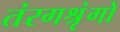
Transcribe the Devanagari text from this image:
तंरगश्रृंगों